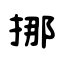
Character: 挪